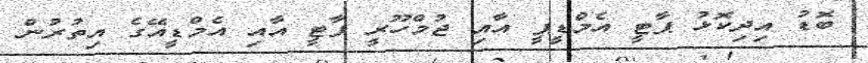
ބޮޑު އިދިކޮޅު ޕާޓީ އެމްޑީޕީ އާއި ޖުމްހޫރީ ޕާޓީ އާއި އެމްޑީއޭގެ އިތުރުން